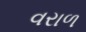
વરાળ